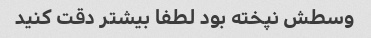
وسطش نپخته بود لطفا بیشتر دقت کنید